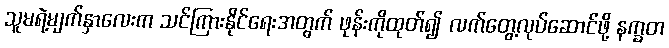
သူမရဲ့မျက်နှာလေးက သင်ကြားနိုင်ရေးအတွက် ဖုန်းကိုထုတ်၍ လက်တွေ့လုပ်ဆောင်ဖို့ နက္ခတ